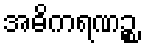
အဓိကရဏဉ္စ